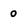
Character: o